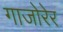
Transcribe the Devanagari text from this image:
गाजोरेर